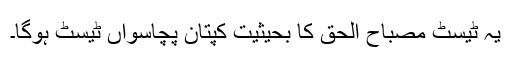
یہ ٹیسٹ مصباح الحق کا بحیثیت کپتان پچاسواں ٹیسٹ ہوگا۔